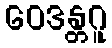
ဝေဒန္တဂူ